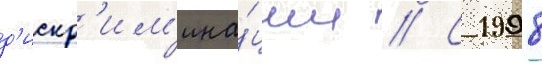
д'искр'им'ина́ции // С 1998